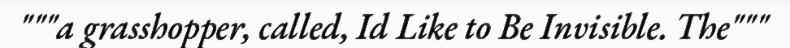
"""a grasshopper, called, Id Like to Be Invisible. The"""